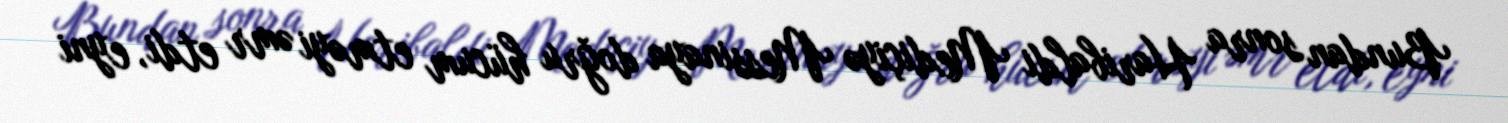
Bundan sonra Haribaldi Mediçiyə Messinaya doğru hücum etməyi əmr etdi, eyni